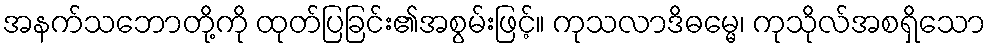
အနက်သဘောတို့ကို ထုတ်ပြခြင်း၏အစွမ်းဖြင့်။ ကုသလာဒိဓမ္မေ၊ ကုသိုလ်အစရှိသော